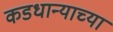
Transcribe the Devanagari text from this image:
कडधान्याच्या